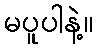
မပူပါနဲ့။